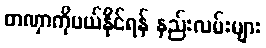
တဏှာကိုပယ်နိုင်ရန် နည်းလမ်းများ